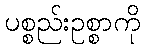
ပစ္စည်းဥစ္စာကို